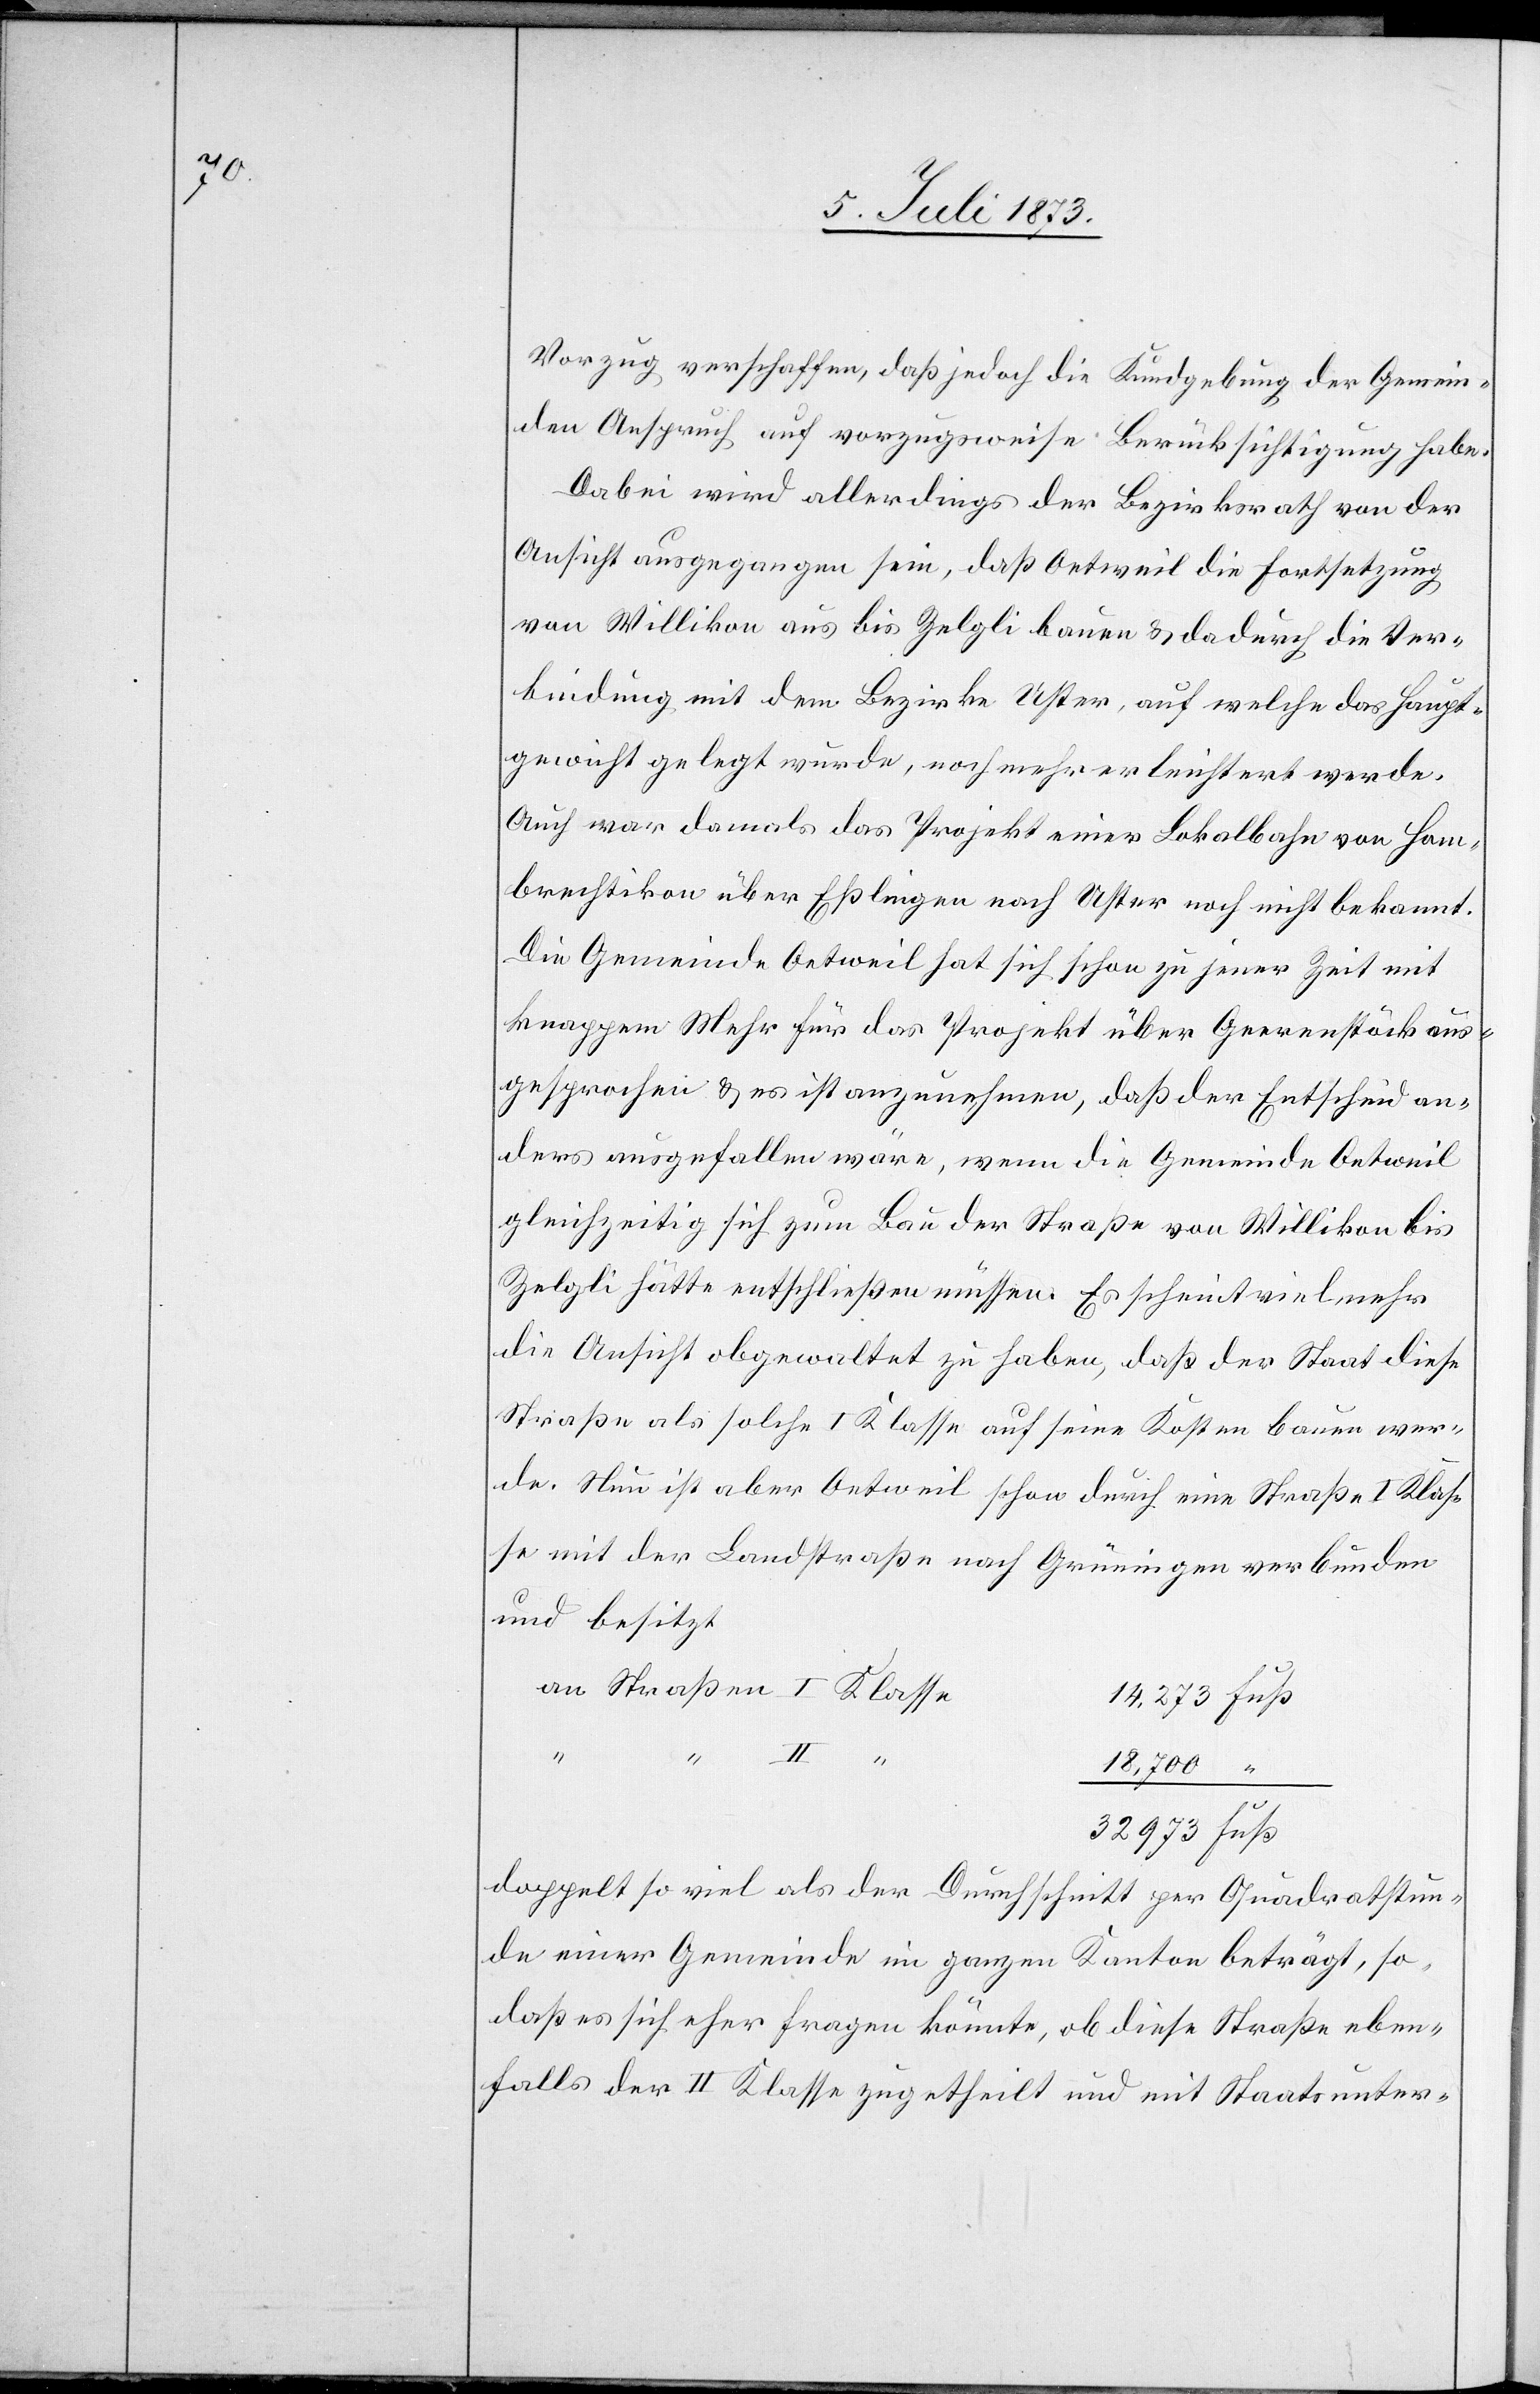
Vorzug verschaffen, daß jedoch die Kundgebung der Gemein¬
den Anspruch auf vorzugsweise Berücksichtigung habe.
Dabei wird allerdings der Bezirksrath von der
Ansicht ausgegangen sein, daß Oetweil die Fortsetzung
von Willikon aus bis Zelgli bauen & dadurch die Ver¬
bindung mit dem Bezirke Uster, auf welche das Haupt¬
gewicht gelegt wurde, noch mehr erleichtert werde.
Auch war damals das Projekt einer Lokalbahn von Hom¬
brechtikon über Eßlingen nach Uster noch nicht bekannt.
Die Gemeinde Oetweil hat sich schon zu jener Zeit mit
knappem Mehr für das Projekt über Geerenstöck aus¬
gesprochen & es ist anzunehmen, daß der Entscheid an¬
ders ausgefallen wäre, wenn die Gemeinde Oetweil
gleichzeitig sich zum Bau der Straße von Willikon bis
Zelgli hätte entschließen müssen. Es scheint vielmehr
die Ansicht obgewaltet zu haben, daß der Staat diese
Straße als solche I Klasse auf seine Kosten bauen wer¬
de. Nun ist aber Oetweil schon durch eine Straße I Klas¬
se mit der Landstraße nach Grüningen verbunden
und besitzt
32 973
18,700
doppelt so viel als der Durchschnitt per Quadratstun¬
de einer Gemeinde im ganzen Kanton beträgt, so¬
daß es sich eher fragen könnte, ob diese Straße eben¬
falls der II Klasse zugetheilt und mit Staatsunter-